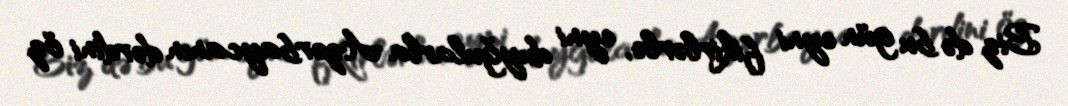
Biz də bu gün eyni fikirlərlə, eyni duyğularla Azərbaycanın dərdini öz